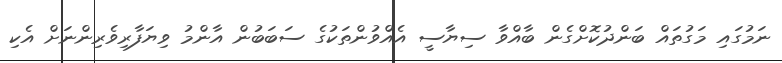
ނަމުގައި މަގުތައް ބަންދުކޮށްގެން ބާއްވާ ސިޔާސީ އެއްވުންތަކުގެ ސަބަބުން އާންމު ވިޔަފާރިވެރިންނަށް އެކި